Report of the Bombay Plague Committee
Disease focus: Plague
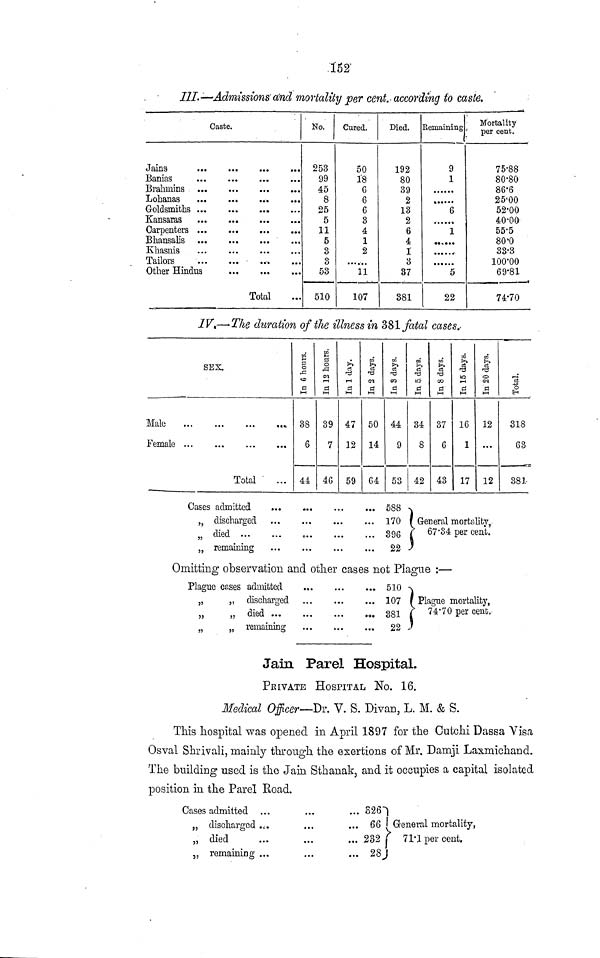
152
III.—Admissions and mortality per cent.according to caste.
Jains
Banias
Brahmins
Lohanas
Goldsmiths
Kansaras
Carpenters
Bhansalis
Khasnis
Tailors
Other Hindu
Caste.
is
...
...
Total
...
...
No.
253
99
45
8
25
5
11
5
3
3
53
510
Cured.
50
18
6
6
6
3
4
1
2
11
107
Died.
192
80
39
2
13
2
6
4
1
3
37
381
Remaining
9
1
......
6
1
......
5
22
Mortality
'
per cent.
75·88
80·80
86·6
25·00
52·00
40·00
55·5
80·0
33·3
100·00
69·81
74·70
IV.—The duration of the illness in 381 fatal cases.
Male
Female
SEX.
Total
...
38
6
44
39
7
46
47
12
59
50
14
64
44
9
53
34
8
42
37
43
16
17
12
...
12
318
63
381
Cases
"
"
"
admitted
clischarg
died ..
remaining
red...
• •
• • •
...
...
588
170
396
22
General mortality,
67·34 per cent.
Omitting observation and other cases not Plague : —
Plague
"
J"
"
G cases
"
"
"
admitted
discharged
died ...
remaining
...
...
...
...
...
510
107
381
22
Plague mortality,
74·70 per cent,
Jain Parel Hospital.
PRIVATE HOSPITAL No. 16.
Medical Officer—Dr. V. S. Divan, L. M. & S.
This hospital was opened in April 1897 for the Cutchi Dassa Visa
Osval Shrivali, mainly through the exertions of Mr. Damji Laxmichand.
The building used is the Jain Sthanak, and it occupies a capital isolated
position in the Parel Eoad.
Cases
"
"
"
admitted
discharged
died
remaining
...
...
...
...
....
...
...
...
......
...
...
326
66
232
28J
General mortality,
71·1 per cent.